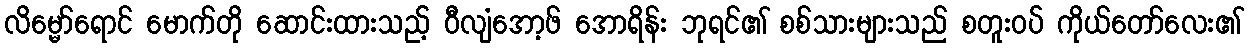
လိမ္မော်ရောင် မောက်တို ဆောင်းထားသည့် ဝီလျံအော့ဖ် အောရိန်း ဘုရင်၏ စစ်သားများသည် စတူးဝပ် ကိုယ်တော်လေး၏